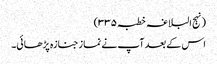
(نہج البلاغہ خطبہ ۳۳۵)
اس کے بعد آپ نے نماز جنازہ پڑھائی۔